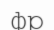
фр